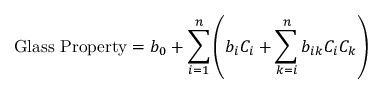
{ \mathrm { G l a s s ~ P r o p e r t y } } = b _ { 0 } + \sum _ { i = 1 } ^ { n } \left( b _ { i } C _ { i } + \sum _ { k = i } ^ { n } b _ { i k } C _ { i } C _ { k } \right)